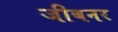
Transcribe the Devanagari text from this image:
जीबनर